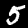
Digit: 5